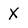
Character: X